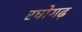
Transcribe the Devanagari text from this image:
रघोगढ़